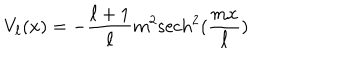
V _ { \ell } ( x ) = - \frac { \ell + 1 } { \ell } m ^ { 2 } \mathrm { s e c h } ^ { 2 } ( \frac { m x } { \ell } )